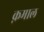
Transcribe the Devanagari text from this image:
क़माल